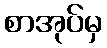
စာအုပ်မှ